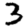
Digit: 3